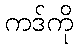
ကဒ်ကို